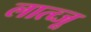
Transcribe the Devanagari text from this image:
लात्व्जू